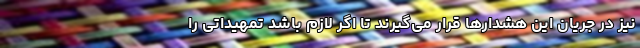
نیز در جریان این هشدارها قرار می‌گیرند تا اگر لازم باشد تمهیداتی را